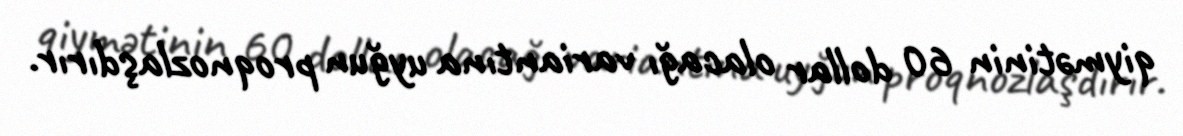
qiymətinin 60 dollar olacağı variantına uyğun proqnozlaşdırır.